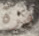
مرة